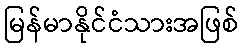
မြန်မာနိုင်ငံသားအဖြစ်